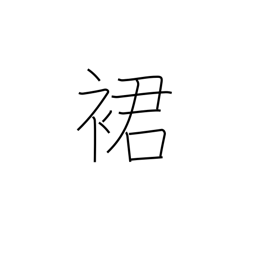
Meaning: hem